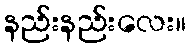
နည်းနည်းလေး။